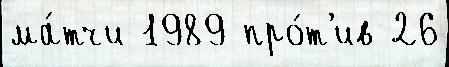
ма́тчи 1989 про́т'ив 26